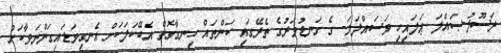
ރަސޫލު-ޞައްލަ ޢަލައިހި ވަސައްލަމަ- ގެ ގަނޑުވަރުގެ ތެރޭގައި ކަންތައް ހިނގާގޮތް އެބޭކަލަކަށް އެނގިވަޑައިގަންނަވާކަށް